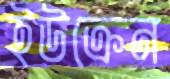
ইউক্রেন